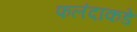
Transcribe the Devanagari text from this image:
फलंदाकडे